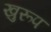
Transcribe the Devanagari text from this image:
खुरूप